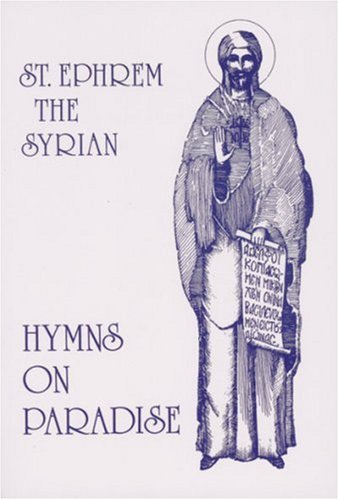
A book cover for St. Ephrem the Syrian: Hymns On Paradise; St. Ephrem; Christian Books & Bibles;